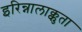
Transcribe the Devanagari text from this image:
इरिन्नालाक्कुता